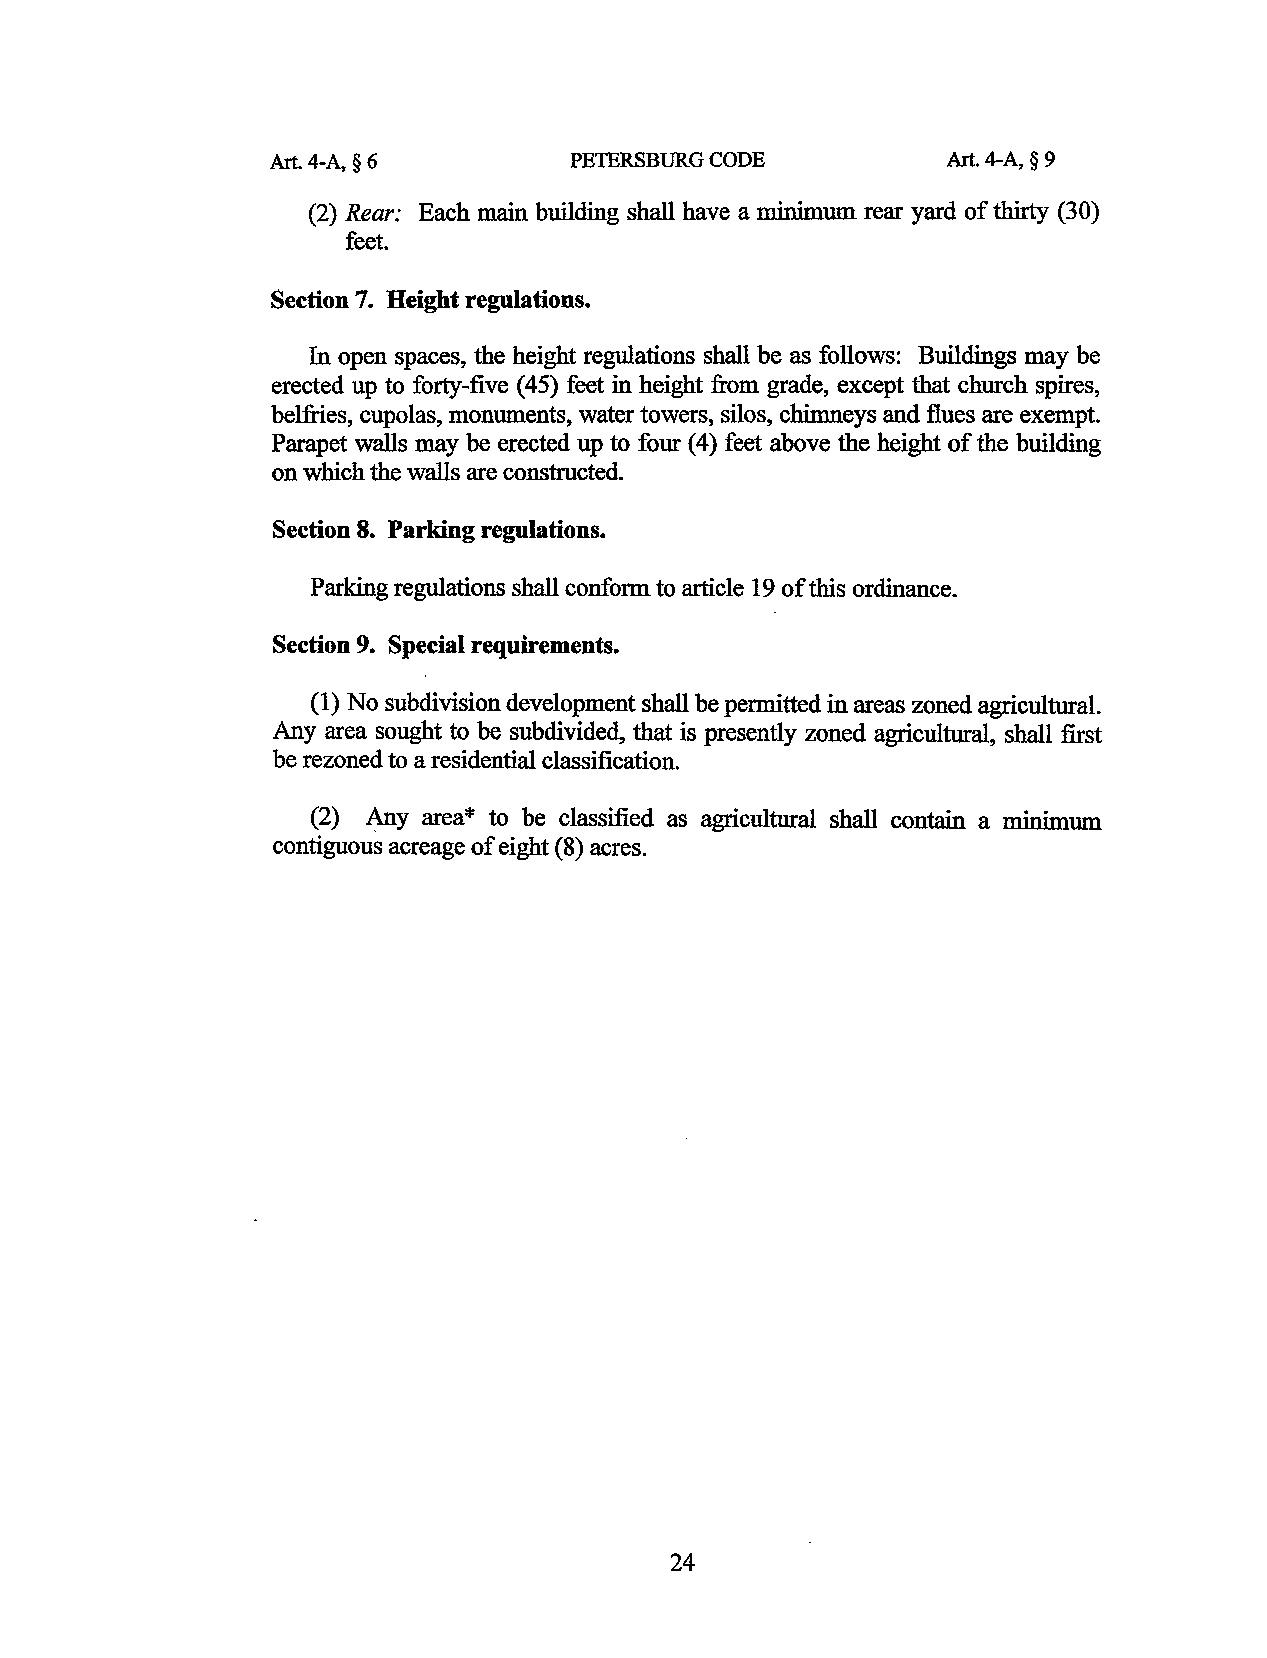
Art. 4-A, § 6       PETERSBURG CODE          Art. 4-A, § 9
 (2) Rear: Each main building shall have a minimum rear yard of thirty (30)
 feet.
 Section 7. Height regulations.
 In open spaces, the height regulations shall be as follows: Buildings may be
 erected up to forty-five (45) feet in height from grade, except that church spires,
 belfries, cupolas, monuments, water towers, silos, chimneys and flues are exempt.
 Parapet walls may be erected up to four ( 4) feet above the height of the building
 on which the walls are constructed.
 Section 8. Parking regulations.
 Parking regulations shall conform to article 19 of this ordinance.
 Section 9. Special requirements.
 (1) No subdivision development shall be permitted in areas zoned agricultural.
 Any area sought to be subdivided, that is presently zoned agricultural, shall first
 be rezoned to a residential classification.
 (2) Any area* to be classified as agricultural shall contain a minimum
 contiguous acreage of eight (8) acres.
 24